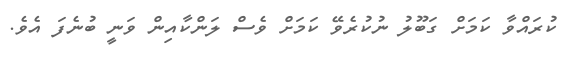
ކުރައްވާ ކަމަށް ގަބޫލު ނުކުރެވޭ ކަމަށް ވެސް ލަންކާއިން ވަނީ ބުނެފަ އެވެ.